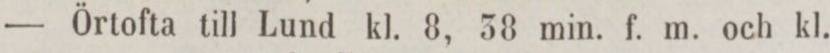
— Örtofta till Lund kl. 8, 38 min. f. m. och kl.